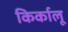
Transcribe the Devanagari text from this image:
किर्कालू